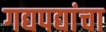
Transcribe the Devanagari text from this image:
गद्यपद्यांचा